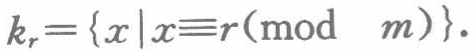
\(k_{r}=\{x\mid x\equiv r\pmod{m}\}.\)